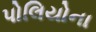
પોલિયોના